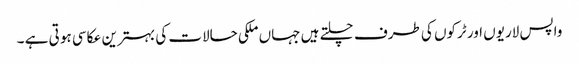
واپس لاریوں اور ٹرکوں کی طرف چلتے ہیں جہاں ملکی حالات کی بہترین عکاسی ہو تی ہے ۔